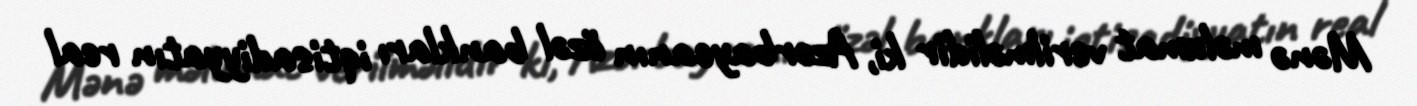
Mənə məlumat verilməlidir ki, Azərbaycanın özəl bankları iqtisadiyyatın real